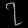
Digit: ၇